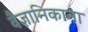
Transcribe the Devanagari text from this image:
वैज्ञानिकाना